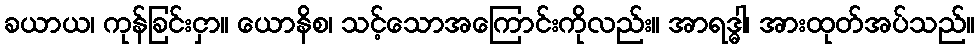
ခယာယ၊ ကုန်ခြင်းငှာ။ ယောနိစ၊ သင့်သောအကြောင်းကိုလည်း။ အာရဒ္ဓါ၊ အားထုတ်အပ်သည်။